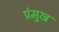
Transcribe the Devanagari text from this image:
प्रंमुख